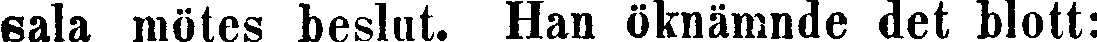
sala mötes beslut. Han öknämnde det blott: